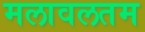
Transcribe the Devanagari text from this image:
मलावलतम